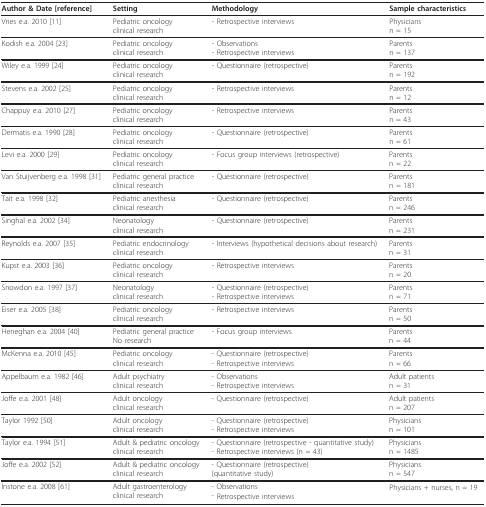
<table><thead><tr><td><b>Author &amp; Date [reference]</b></td><td><b>Setting</b></td><td><b>Methodology</b></td><td><b>Sample characteristics</b></td></tr></thead><tbody><tr><td>Vries e.a. 2010 [11]</td><td>Pediatric oncologyclinical research</td><td>- Retrospective interviews</td><td>Physiciansn = 15</td></tr><tr><td>Kodish e.a. 2004 [23]</td><td>Pediatric oncologyclinical research</td><td>- Observations- Retrospective interviews</td><td>Parentsn = 137</td></tr><tr><td>Wiley e.a. 1999 [24]</td><td>Pediatric oncologyclinical research</td><td>- Questionnaire (retrospective)</td><td>Parentsn = 192</td></tr><tr><td>Stevens e.a. 2002 [25]</td><td>Pediatric oncologyclinical research</td><td>- Retrospective interviews</td><td>Parentsn = 12</td></tr><tr><td>Chappuy e.a. 2010 [27]</td><td>Pediatric oncologyclinical research</td><td>- Retrospective interviews</td><td>Parentsn = 43</td></tr><tr><td>Dermatis e.a. 1990 [28]</td><td>Pediatric oncologyclinical research</td><td>- Questionnaire (retrospective)</td><td>Parentsn = 61</td></tr><tr><td>Levi e.a. 2000 [29]</td><td>Pediatric oncologyclinical research</td><td>- Focus group interviews (retrospective)</td><td>Parentsn = 22</td></tr><tr><td>Van Stuijvenberg e.a. 1998 [31]</td><td>Pediatric general practiceclinical research</td><td>- Questionnaire (retrospective)</td><td>Parentsn = 181</td></tr><tr><td>Tait e.a. 1998 [32]</td><td>Pediatric anesthesiaclinical research</td><td>- Questionnaire (retrospective)</td><td>Parentsn = 246</td></tr><tr><td>Singhal e.a. 2002 [34]</td><td>Neonatologyclinical research</td><td>- Questionnaire (retrospective)</td><td>Parentsn = 231</td></tr><tr><td>Reynolds e.a. 2007 [35]</td><td>Pediatric endocrinologyclinical research</td><td>- Interviews (hypothetical decisions about research)</td><td>Parentsn = 31</td></tr><tr><td>Kupst e.a. 2003 [36]</td><td>Pediatric oncologyclinical research</td><td>- Retrospective interviews</td><td>Parentsn = 20</td></tr><tr><td>Snowdon e.a. 1997 [37]</td><td>Neonatologyclinical research</td><td>- Questionnaire (retrospective)- Retrospective interviews</td><td>Parentsn = 71</td></tr><tr><td>Eiser e.a. 2005 [38]</td><td>Pediatric oncologyclinical research</td><td>- Retrospective interviews</td><td>Parentsn = 50</td></tr><tr><td>Heneghan e.a. 2004 [40]</td><td>Pediatric general practiceNo research</td><td>- Focus group interviews</td><td>Parentsn = 44</td></tr><tr><td>McKenna e.a. 2010 [45]</td><td>Pediatric oncologyclinical research</td><td>- Questionnaire (retrospective)- Retrospective interviews</td><td>Parentsn = 66</td></tr><tr><td>Appelbaum e.a. 1982 [46]</td><td>Adult psychiatryclinical research</td><td>- Observations- Retrospective interviews</td><td>Adult patientsn = 31</td></tr><tr><td>Joffe e.a. 2001 [48]</td><td>Adult oncologyclinical research</td><td>- Questionnaire (retrospective)</td><td>Adult patientsn = 207</td></tr><tr><td>Taylor 1992 [50]</td><td>Adult oncologyclinical research</td><td>- Questionnaire (retrospective)- Retrospective interviews</td><td>Physiciansn = 101</td></tr><tr><td>Taylor e.a. 1994 [51]</td><td>Adult &amp; pediatric oncologyclinical research</td><td>- Questionnaire (retrospective - quantitative study)- Retrospective interviews (n = 43)</td><td>Physiciansn = 1485</td></tr><tr><td>Joffe e.a. 2002 [52]</td><td>Adult &amp; pediatric oncologyclinical research</td><td>- Questionnaire (retrospective)(quantitative study)</td><td>Physiciansn = 547</td></tr><tr><td>Instone e.a. 2008 [61]</td><td>Adult gastroenterologyclinical research</td><td>- Observations- Retrospective interviews</td><td>Physicians + nurses, n = 19</td></tr></tbody></table>